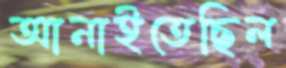
আনাইতেছিল